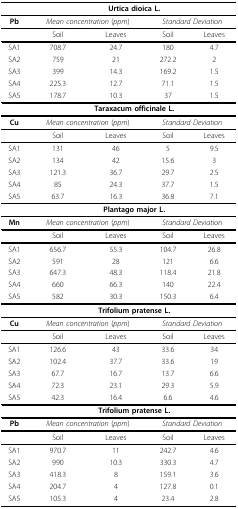
<table><thead><tr><td></td><td colspan="4"><b>Urtica dioica L.</b></td></tr></thead><tbody><tr><td><b>Pb</b></td><td colspan="2"><i>Mean concentration</i> (<i>ppm</i>)</td><td colspan="2"><i>Standard Deviation</i></td></tr><tr><td></td><td>Soil</td><td>Leaves</td><td>Soil</td><td>Leaves</td></tr><tr><td>SA1</td><td>708.7</td><td>24.7</td><td>180</td><td>4.7</td></tr><tr><td>SA2</td><td>759</td><td>21</td><td>272.2</td><td>2</td></tr><tr><td>SA3</td><td>399</td><td>14.3</td><td>169.2</td><td>1.5</td></tr><tr><td>SA4</td><td>225.3</td><td>12.7</td><td>71.1</td><td>1.5</td></tr><tr><td>SA5</td><td>178.7</td><td>10.3</td><td>37</td><td>1.5</td></tr><tr><td></td><td colspan="4"><b>Taraxacum officinale L.</b></td></tr><tr><td><b>Cu</b></td><td colspan="2"><i>Mean concentration</i> (<i>ppm</i>)</td><td colspan="2"><i>Standard Deviation</i></td></tr><tr><td></td><td>Soil</td><td>Leaves</td><td>Soil</td><td>Leaves</td></tr><tr><td>SA1</td><td>131</td><td>46</td><td>5</td><td>9.5</td></tr><tr><td>SA2</td><td>134</td><td>42</td><td>15.6</td><td>3</td></tr><tr><td>SA3</td><td>121.3</td><td>36.7</td><td>29.7</td><td>2.5</td></tr><tr><td>SA4</td><td>85</td><td>24.3</td><td>37.7</td><td>1.5</td></tr><tr><td>SA5</td><td>63.7</td><td>16.3</td><td>36.8</td><td>7.1</td></tr><tr><td></td><td colspan="4"><b>Plantago major L.</b></td></tr><tr><td><b>Mn</b></td><td colspan="2"><i>Mean concentration</i> (<i>ppm</i>)</td><td colspan="2"><i>Standard Deviation</i></td></tr><tr><td></td><td>Soil</td><td>Leaves</td><td>Soil</td><td>Leaves</td></tr><tr><td>SA1</td><td>656.7</td><td>55.3</td><td>104.7</td><td>26.8</td></tr><tr><td>SA2</td><td>591</td><td>28</td><td>121</td><td>6.6</td></tr><tr><td>SA3</td><td>647.3</td><td>48.3</td><td>118.4</td><td>21.8</td></tr><tr><td>SA4</td><td>660</td><td>66.3</td><td>140</td><td>22.4</td></tr><tr><td>SA5</td><td>582</td><td>30.3</td><td>150.3</td><td>6.4</td></tr><tr><td></td><td colspan="4"><b>Trifolium pratense L.</b></td></tr><tr><td><b>Cu</b></td><td colspan="2"><i>Mean concentration</i> (<i>ppm</i>)</td><td colspan="2"><i>Standard Deviation</i></td></tr><tr><td></td><td>Soil</td><td>Leaves</td><td>Soil</td><td>Leaves</td></tr><tr><td>SA1</td><td>126.6</td><td>43</td><td>33.6</td><td>34</td></tr><tr><td>SA2</td><td>102.4</td><td>37.7</td><td>33.6</td><td>19</td></tr><tr><td>SA3</td><td>67.7</td><td>16.7</td><td>13.7</td><td>6.6</td></tr><tr><td>SA4</td><td>72.3</td><td>23.1</td><td>29.3</td><td>5.9</td></tr><tr><td>SA5</td><td>42.3</td><td>16.4</td><td>6.6</td><td>4.6</td></tr><tr><td></td><td colspan="4"><b>Trifolium pratense L.</b></td></tr><tr><td><b>Pb</b></td><td colspan="2"><i>Mean concentration</i> (<i>ppm</i>)</td><td colspan="2"><i>Standard Deviation</i></td></tr><tr><td></td><td>Soil</td><td>Leaves</td><td>Soil</td><td>Leaves</td></tr><tr><td>SA1</td><td>970.7</td><td>11</td><td>242.7</td><td>4.6</td></tr><tr><td>SA2</td><td>990</td><td>10.3</td><td>330.3</td><td>4.7</td></tr><tr><td>SA3</td><td>418.3</td><td>8</td><td>159.1</td><td>3.6</td></tr><tr><td>SA4</td><td>204.7</td><td>4</td><td>127.8</td><td>0.1</td></tr><tr><td>SA5</td><td>105.3</td><td>4</td><td>23.4</td><td>2.8</td></tr></tbody></table>